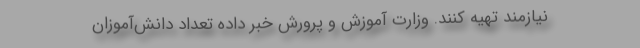
نیازمند تهیه کنند. وزارت آموزش و پرورش خبر داده تعداد دانش‌آموزان